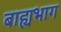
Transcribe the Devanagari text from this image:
बाह्यभाग